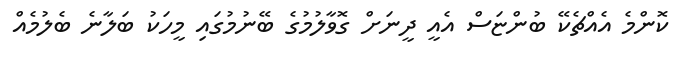
ކޮންމެ އެއްޗެކޭ ބުންޏަސް އެއީ ދީނަށް ގޮވާލުމުގެ ބޭނުމުގައި މީހަކު ބަލާނެ ބެލުމެއް